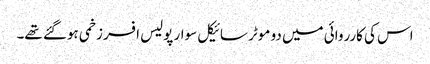
اس کی کارروائی میں دو موٹر سائیکل سوار پولیس افسر زخمی ہوگئے تھے۔